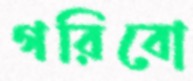
গরিবো